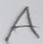
Text: A